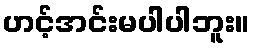
ဟင့်အင်းမပါပါဘူး။